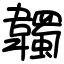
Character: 韣